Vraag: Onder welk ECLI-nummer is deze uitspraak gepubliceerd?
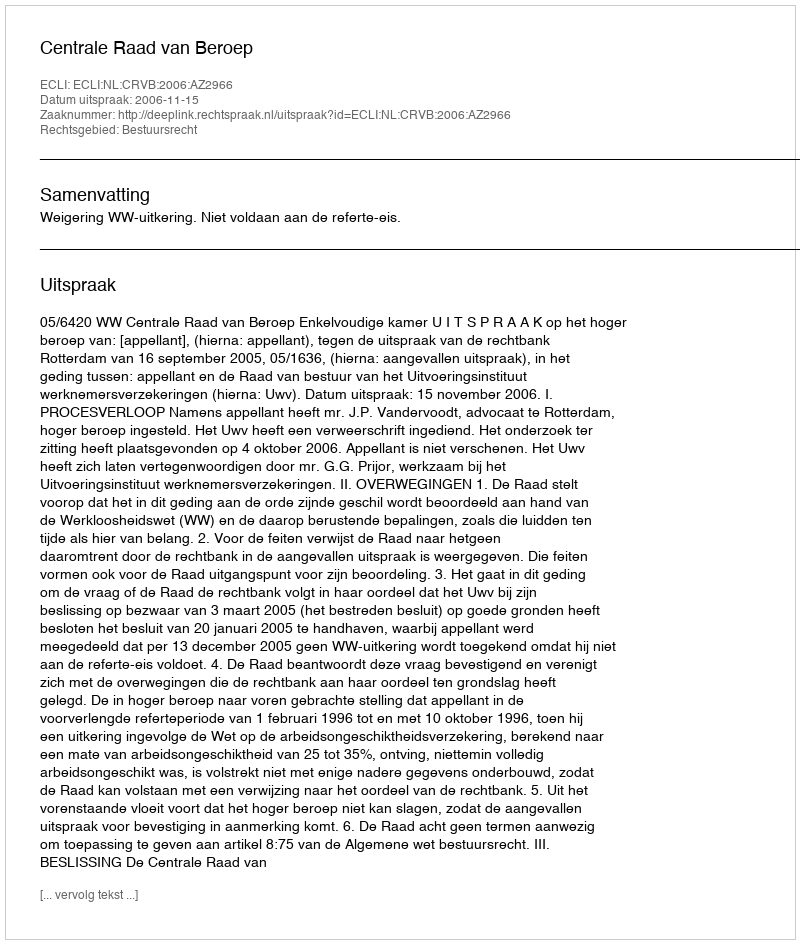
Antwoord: ECLI:NL:CRVB:2006:AZ2966